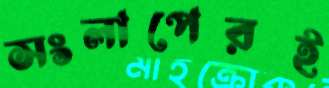
সংলাপেরই